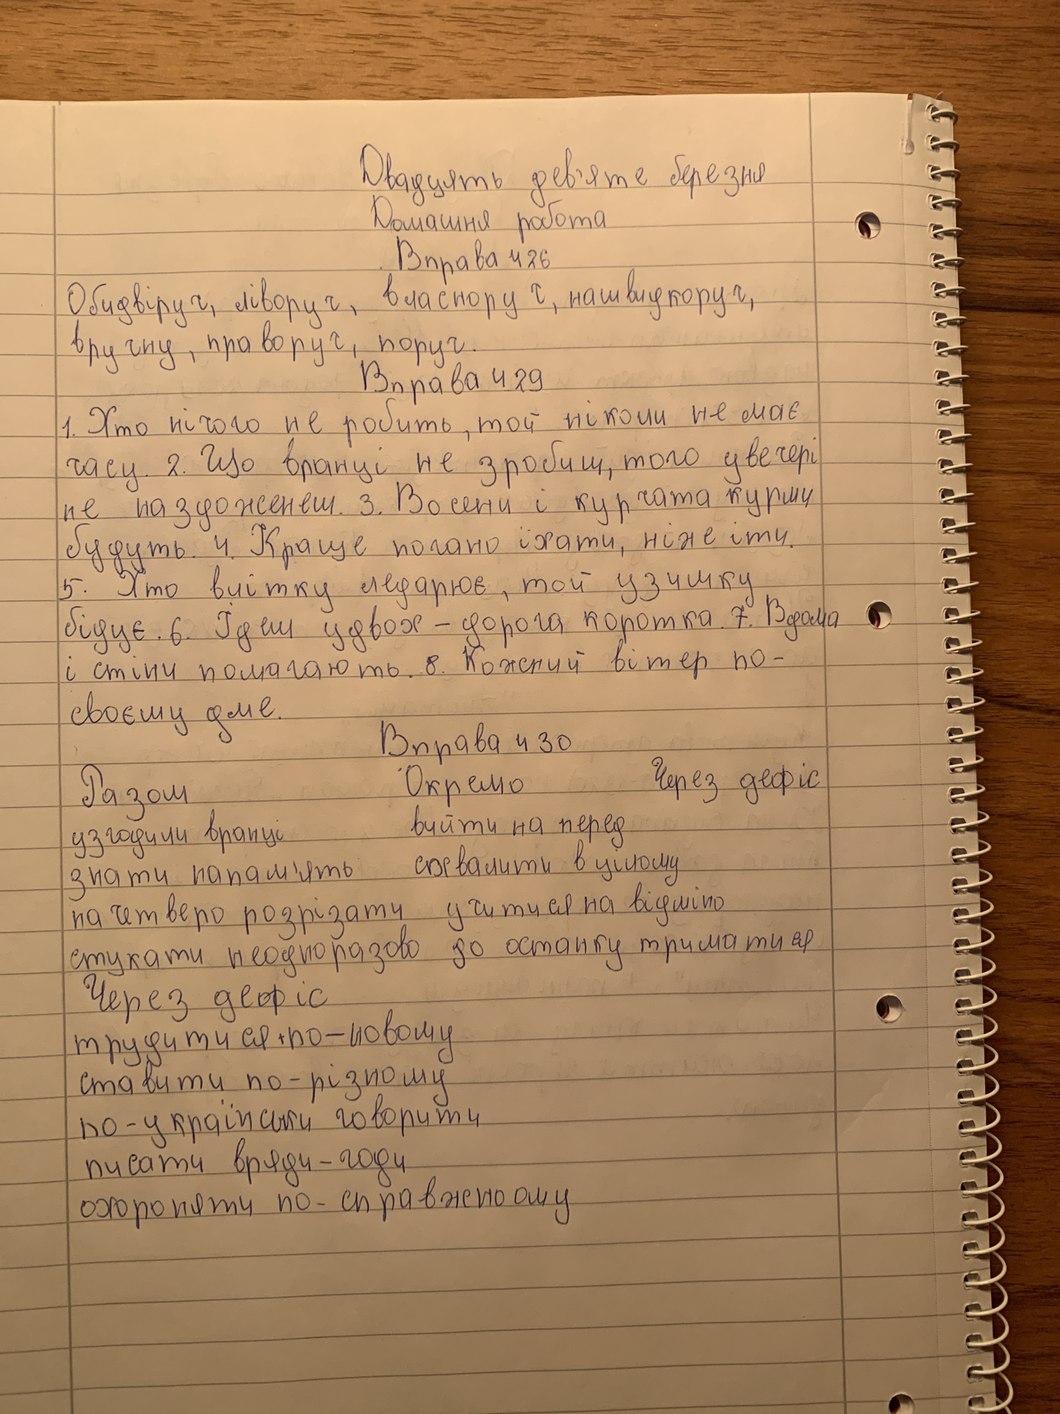
Двадцять дев'яте березня
Домашня робота
Вправа 426
Обідвіруч, ліворуч, власноруч, нашвидкоруч,
вручну, праворуч, поруч.
Вправа 429
1. Хто нічого не робить, той ніколи не має
часу. 2. Що вранці не зробиш, того увечері
не наздоженеш. 3. Восени і курчата курми
будуть. 4. Краще погано їхати, ніж іти.
5. Хто влітку ледарює, той узимку
бідує. 6. Ідеш удвох - дорога  коротка. 7. Вдома
і стіни помагають. 8. Кожний вітер по-
своєму дме.
Вправа 430
Через дефіс
Разом
Окремо
вийти на перед
Узгодили вранці
схвалити в цiлому
Знати напам'ять
учитися на відміно
начетверо розрізати
до останку триматися
стукати неодноразово
Через дефіс
трудитися ~~-~~по-новому
ставити по-різному
по-українськи говорити
писати вряди-годи
охороняти по-справжньому